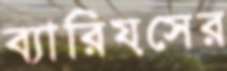
ব্যারিয়সের